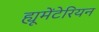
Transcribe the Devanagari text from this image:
ह्यूमेंटेरियन